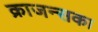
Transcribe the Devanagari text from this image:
क्राजन्सका